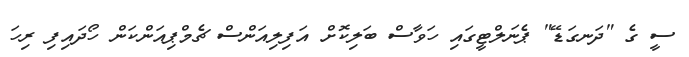
ސީ ގެ "ދަނގަޑޭ" ޕެނަލްޓީގައި ހަވާސް ބަލިކޮށް އަފިލިއަންސް ޗެމްޕިއަންކަން ހޯދައިފި ރިހަ